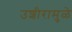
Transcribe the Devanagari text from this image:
उशीरामुळे